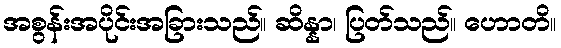
အစွန်းအပိုင်းအခြားသည်။ ဆိန္နာ၊ ပြတ်သည်။ ဟောတိ။